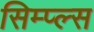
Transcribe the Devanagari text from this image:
सिम्प्ल्स